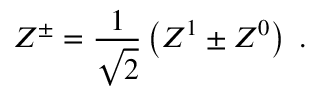
Z ^ { \pm } = \frac { 1 } { \sqrt { 2 } } \left( Z ^ { 1 } \pm Z ^ { 0 } \right) \ .